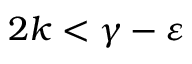
2 k < \gamma - \varepsilon